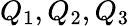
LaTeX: Q_{1},Q_{2},Q_{3}